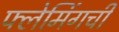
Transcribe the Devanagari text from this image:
फ्लेमिंगची